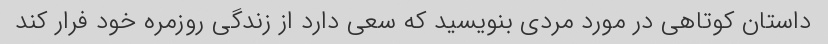
داستان کوتاهی در مورد مردی بنویسید که سعی دارد از زندگی روزمره خود فرار کند